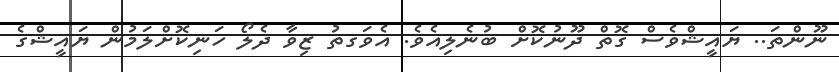
ނޫންތަ.. ޔައީޝްވެސް ގޮތް ދޫނުކޮށް ބުނެލިއެވެ. އެވަގތު ޒިވާ ދެލޯ ހަނިކޮށްލަމުން ޔައީޝްގެ